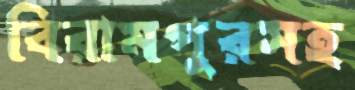
বিরামপুরসহ